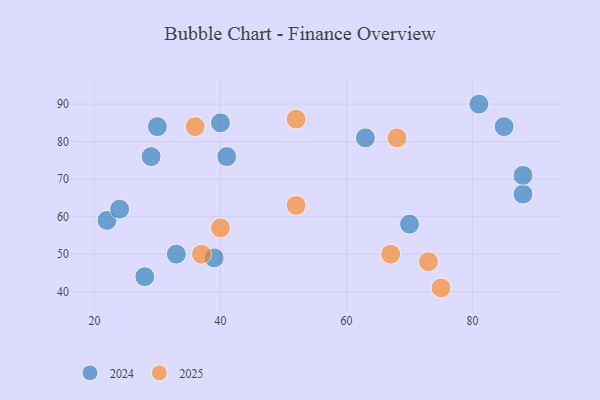
{"axis": {"x": "GDP", "y": "Life Expectancy"}, "legend": ["2024", "2025"], "data": [{"x": "22", "y": 59, "type": "2024"}, {"x": "41", "y": 76, "type": "2024"}, {"x": "28", "y": 44, "type": "2024"}, {"x": "24", "y": 62, "type": "2024"}, {"x": "63", "y": 81, "type": "2024"}, {"x": "85", "y": 84, "type": "2024"}, {"x": "88", "y": 66, "type": "2024"}, {"x": "30", "y": 84, "type": "2024"}, {"x": "39", "y": 49, "type": "2024"}, {"x": "88", "y": 71, "type": "2024"}, {"x": "81", "y": 90, "type": "2024"}, {"x": "40", "y": 85, "type": "2024"}, {"x": "29", "y": 76, "type": "2024"}, {"x": "70", "y": 58, "type": "2024"}, {"x": "33", "y": 50, "type": "2024"}, {"x": "75", "y": 41, "type": "2025"}, {"x": "37", "y": 50, "type": "2025"}, {"x": "52", "y": 63, "type": "2025"}, {"x": "36", "y": 84, "type": "2025"}, {"x": "67", "y": 50, "type": "2025"}, {"x": "68", "y": 81, "type": "2025"}, {"x": "73", "y": 48, "type": "2025"}, {"x": "40", "y": 57, "type": "2025"}, {"x": "52", "y": 86, "type": "2025"}]}